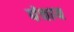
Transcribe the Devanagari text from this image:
पंचाय